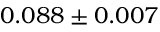
0 . 0 8 8 \pm 0 . 0 0 7